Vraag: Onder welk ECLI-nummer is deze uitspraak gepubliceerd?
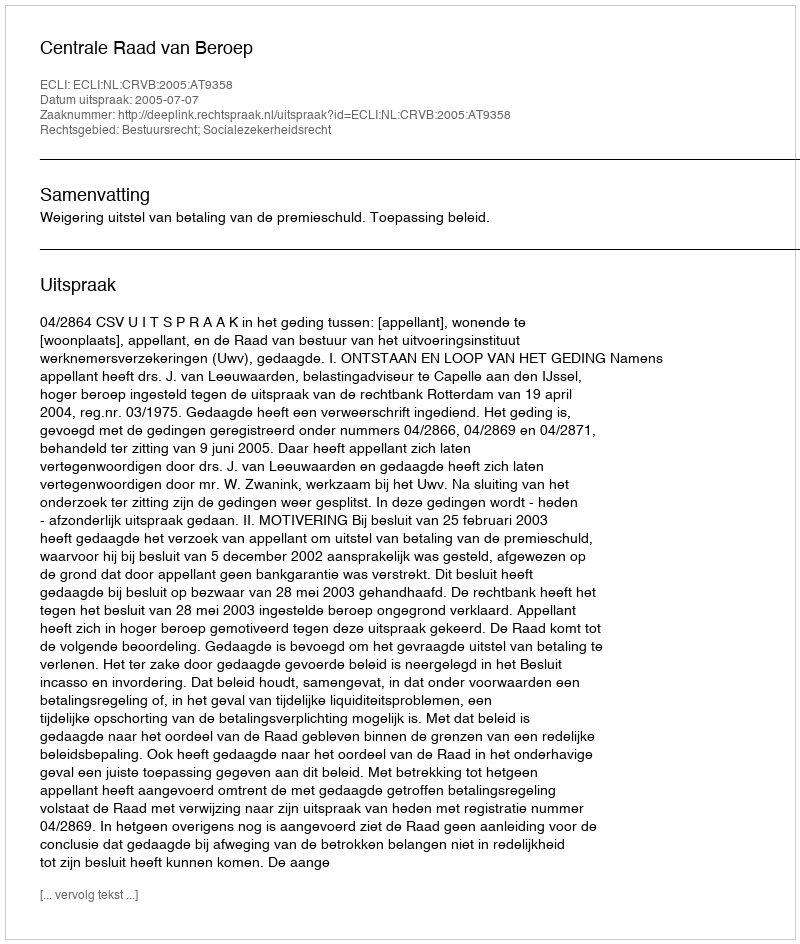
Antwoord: ECLI:NL:CRVB:2005:AT9358